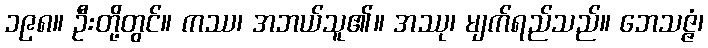
၁၉၈။ ဦးတို့တွင်။ ကဿ၊ အဘယ်သူ၏။ အဿု၊ မျက်ရည်သည်။ ဘေသဇ္ဇံ၊